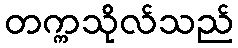
တက္ကသိုလ်သည်